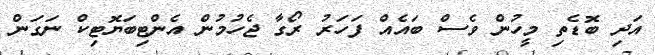
އަދި ބޮޑެތި މީހުން ވެސް ބައެއް ފަހަރު ރޯގާ ޖެހުމުން އެންޓިބަޔޮޓިކް ނަގަން